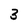
Character: 3